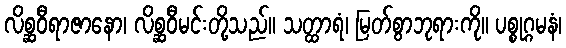
လိစ္ဆဝီရာဇာနော၊ လိစ္ဆဝီမင်းတို့သည်။ သတ္ထာရံ၊ မြတ်စွာဘုရားကို။ ပစ္စုဂ္ဂမနံ၊